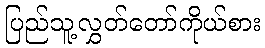
ပြည်သူ့လွှတ်တော်ကိုယ်စား